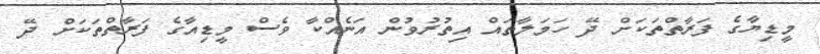
މީޑިޔާގެ ފަރާތްތަކަށް ދޭ ހަމަލާތައް އިތުރުވުން އަނެއްކާ ވެސް މީޑިއާގެ ފަރާތްތަކަށް ދޭ